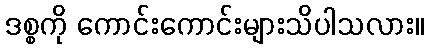
ဒစ္စကို ကောင်းကောင်းများသိပါသလား။